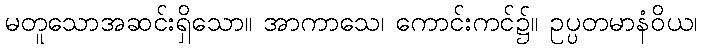
မတူသောအဆင်းရှိသော။ အာကာသေ၊ ကောင်းကင်၌။ ဥပ္ပတမာနံဝိယ၊